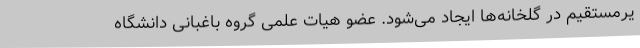
یرمستقیم در گلخانه‌ها ایجاد می‌شود. عضو هیات علمی گروه باغبانی دانشگاه